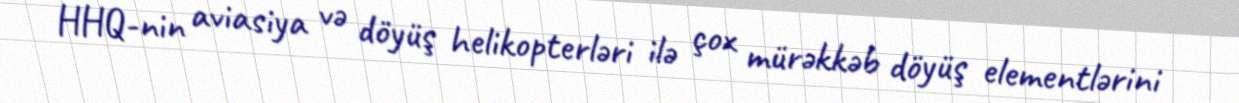
HHQ-nin aviasiya və döyüş helikopterləri ilə çox mürəkkəb döyüş elementlərini